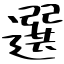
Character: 選